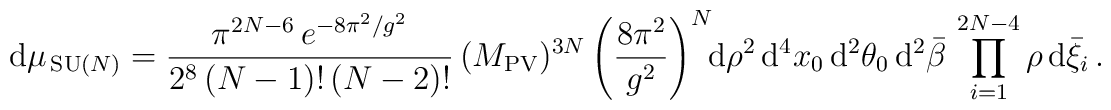
{\rm d}\mu_{\,{\rm SU}(N)} = \frac{\pi^{2N-6}\,e^{ -8\pi^2/g^2}}{2^{8}\,(N-1)!\,(N-2)!} \, (M_{\rm PV})^{3N}\left( \frac{8\pi^2}{g^2} \right)^{N}\! \! {\rm d}\rho^2\, {\rm d}^4 x_0\, {\rm d}^2\theta_0 \, {\rm d}^2\bar\beta\,  \prod_{i=1}^{2N-4}\rho\,{\rm d}\bar\xi_i \, .